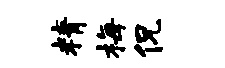
精梅侃